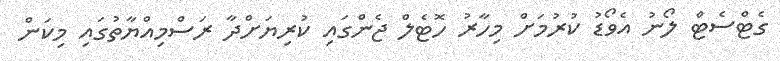
ގެޓްސެޓް ލޯނު އެވޯޑު ކުރުމަށް މިހާރު ހޮޓެލް ޖެންގައި ކުރިޔަށްދާ ރަސްމިއްޔާތުގައި މިކަން